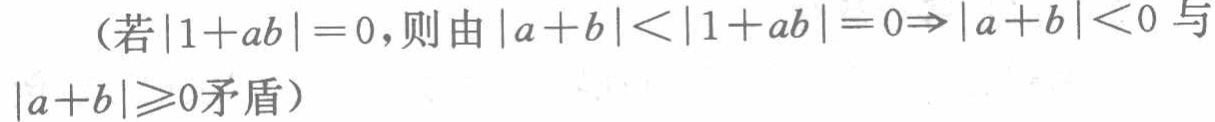
（若\(|1 + ab| = 0\)，则由\(|a + b| < |1 + ab| = 0\Rightarrow|a + b| < 0\)与\(|a + b|\geq0\)矛盾）